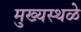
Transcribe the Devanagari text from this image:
मुख्यस्थळे